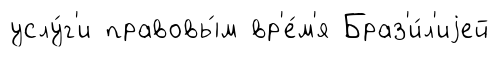
услу́г'и правовы́м вр'е́м'я Браз'и́л'иjей